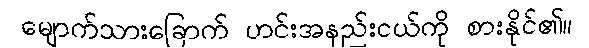
မျောက်သားခြောက် ဟင်းအနည်းငယ်ကို စားနိုင်၏။